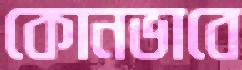
কোনভাবে